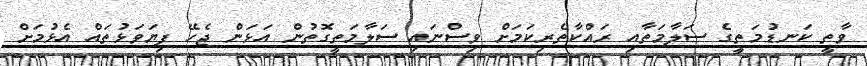
ވާތީ ކަނޑުމަތީގެ ސަލާމަތާއި ރައްކާތެރިކަމަށް ވިސްނައި ސަލާމަތީގޮތުން އަޅަން ޖެހޭ ފިޔަވަޅުތައް އެޅުމަށް